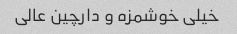
خیلی خوشمزه و دارچین عالی